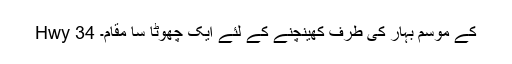
Hwy 34 کے موسم بہار کی طرف کھینچنے کے لئے ایک چھوٹا سا مقام۔